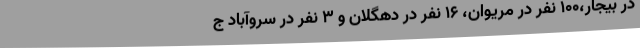
در بیجار،100 نفر در مریوان، 16 نفر در دهگلان و 3 نفر در سروآباد ج